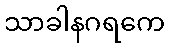
သာခါနဂရကေ